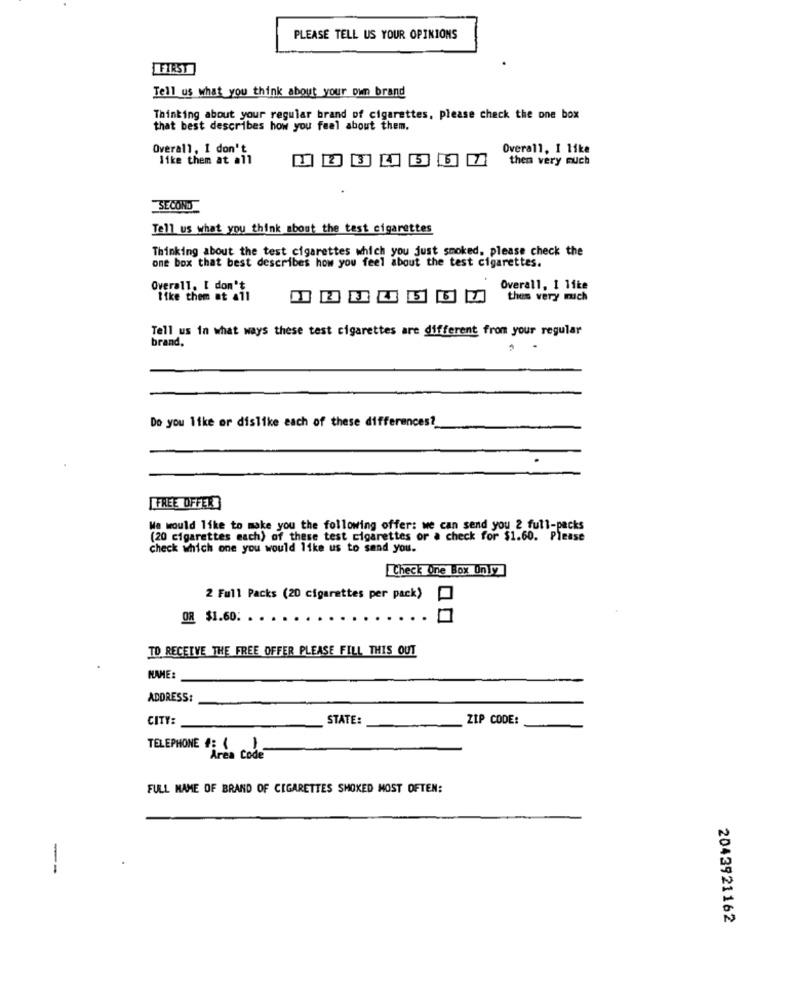
PLEASE TELL US YOUR OPINIONS
FIRST
Tell us what you think about your own brand
Thinking about your regular brand of cigarettes, please check the one box
that best describes how you feel about them.
Overall, I don't
Overall, I like
like them at all
6
then very much
SECOND
Tell us what you think about the test cigarettes
Thinking about the test cigarettes which you just smoked, please check the
one box that best describes how you feel about the test cigarettes.
Overall. I don't
Overall, 1 like
like them at all
thes very mich
Tell us in what ways these test cigarettes are different from your regular
brand,
Do you like or dislike each of these differences?
[FREE OFFER
We would like to make you the following offer: we can send you 2 full-packs
(20 cigarettes each) of these test cigarettes or a check for $1.60. Please
check which one you would like us to send you.
Check One Box On y
2 Full Packs (20 cigarettes per pack)
OR $1.60: . . .
TO RECEIVE THE FREE OFFER PLEASE FILL THIS OUT
NAME:
ADDRESS:
CITY:
STATE:
ZIP CODE:
TELEPHONE : 11
Area Code
FULL NAME OF BRAND OF CIGARETTES SMOKED MOST OFTEN:
--
2043921162